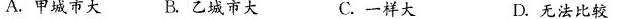
A.甲城市大B.乙城市大C.一样大D.无法比较